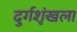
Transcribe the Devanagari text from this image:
दुर्गशृंखला